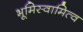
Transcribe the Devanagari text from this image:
भूमिस्वामित्व